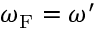
\omega _ { \mathrm { { F } } } = \omega ^ { \prime }